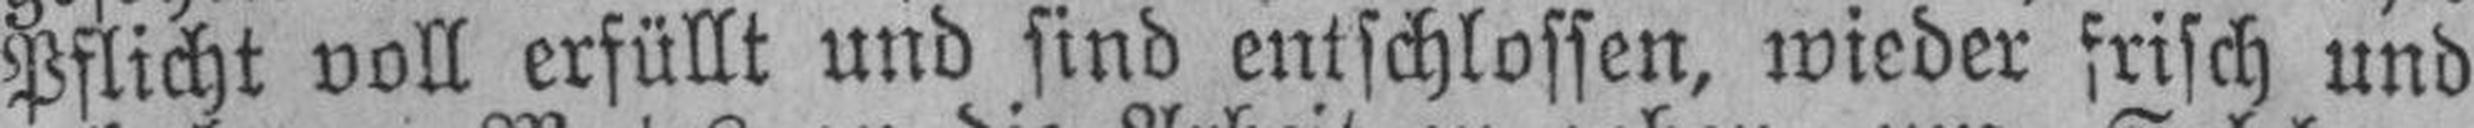
Pflicht voll erfüllt und sind entschlossen, wieder frisch und